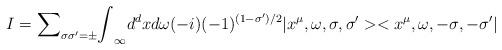
LaTeX: \begin{align*}I= {\sum}_{{\sigma}{\sigma}'={\pm}}{\int}_{\infty} d^dx d{\omega}(-i)(-1)^{(1-{\sigma}')/2}|x^{\mu},{\omega}, {\sigma},{\sigma'}><x^{\mu},{\omega}, {-\sigma},{-\sigma'}|\end{align*}